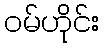
ဝမ်ဟိုင်း